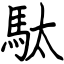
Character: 駄